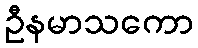
ဦနမာသကော